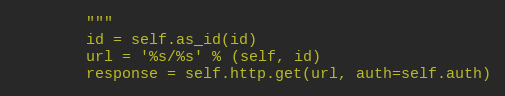
Language: Python
        """
        id = self.as_id(id)
        url = '%s/%s' % (self, id)
        response = self.http.get(url, auth=self.auth)